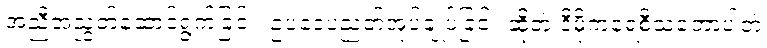
အညီအညွတ်ဆောင်ရွက်ခြင်း၊ ဥပဒေပညတ်အုပ်ချုပ်ခြင်း ဆိုတဲ့ ဒီမိုကရေစီသဘောပါတဲ့